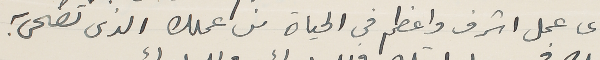
اى عمل اشرف واعظم فى الحياة من عملك الذى تضحى به